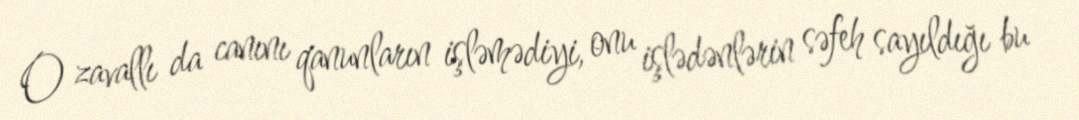
O zavallı da canını qanunların işləmədiyi, onu işlədənlərin səfeh sayıldığı bu